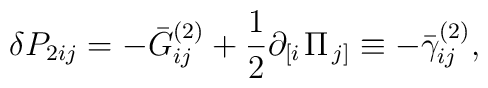
\delta P_{2ij}=-\bar G_{ij}^{(2)}+\frac 12\partial _{\left[i\right. }\Pi _{\left. j\right] }\equiv -\bar \gamma _{ij}^{(2)},